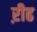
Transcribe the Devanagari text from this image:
ऱीढ